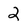
Character: 2